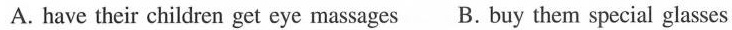
A. have their children get eye massagesB. Buy them special glasses